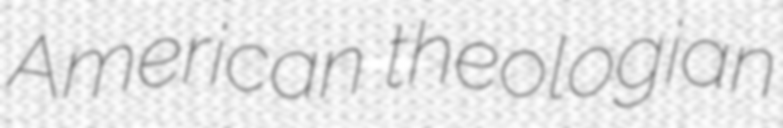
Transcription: American theologian